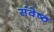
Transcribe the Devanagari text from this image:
संवेष्ठ